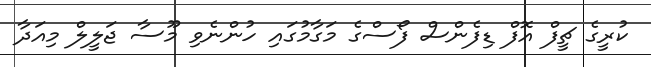
ކުރީގެ ޗީފް އޮފް ޑިފެންސް ފޯސްގެ މަގާމުގައި ހުންނެވި މޫސާ ޖަލީލް މިއަދާ